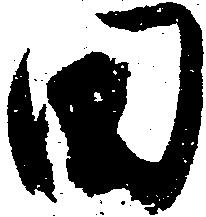
田